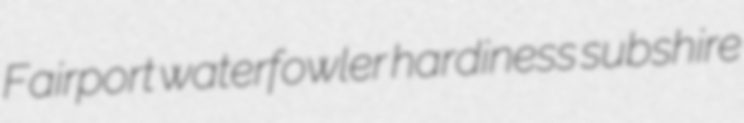
Fairport waterfowler hardiness subshire